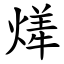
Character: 㷣